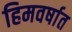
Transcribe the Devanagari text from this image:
हिमवर्षात